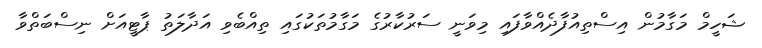
ޝަހީމް މަގާމުން އިސްތިއުފާދެއްވާފައި މިވަނީ ސަރުކާރުގެ މަގާމުތަކުގައި ތިއްބެވި އަދާލަތު ޕާޓީއަށް ނިސްބަތްވާ